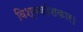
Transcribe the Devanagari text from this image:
विश्वकोशकार।